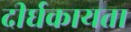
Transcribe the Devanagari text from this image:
दीर्घकायता